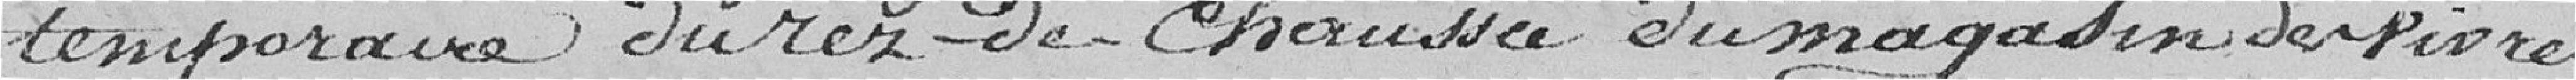
temporaire du rez de chaussée du magasin des vivres